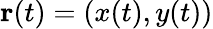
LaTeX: \mathbf{r}(t)=(x(t),y(t))